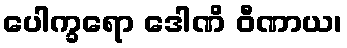
ပေါက္ခရော ဒေါဏိ ဝီဏာယ၊